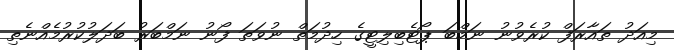
މިއަދު ތައާރަފް ކުރެވުނު ނަމްބަ ޕޯޓެބިލިޓީގެ ހިދުމަތް ނުވަތަ ފޯނު ނަމްބަރު ބަދަލުކުރުމެއްނެތި